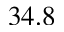
3 4 . 8